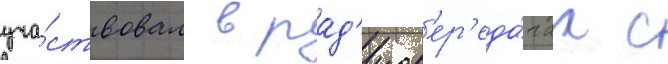
уча́ствовал в рад'иоп'ер'еда́чах с